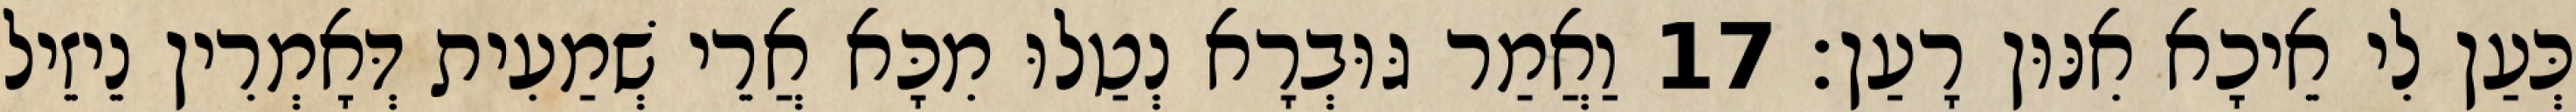
כְּעַן לִי אֵיכָא אִנּוּן רָעַן׃ 17 וַאֲמַר גּוּבְרָא נְטַלוּ מִכָּא אֲרֵי שְׁמַעִית דְּאָמְרִין נֵיזֵיל